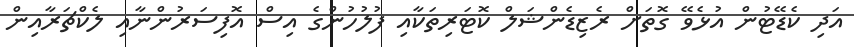
އަދި ކެޑޭޓުން އުޅެވޭ ގޮތަށް ރެޒިޑެންޝަލް ކޮޓަރިތަކާއި ފުލުހުންގެ އިސް އޮފިސަރުންނާއި ލެކްޗަރާއިން